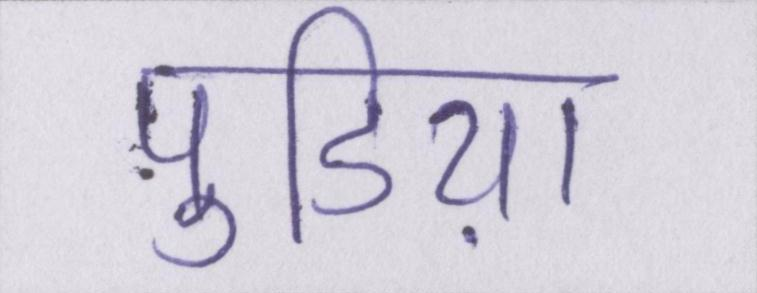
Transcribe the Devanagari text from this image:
पुडिय़ा